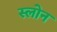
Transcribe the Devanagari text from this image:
स्‍लोन